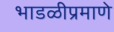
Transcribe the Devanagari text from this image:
भाडळीप्रमाणे